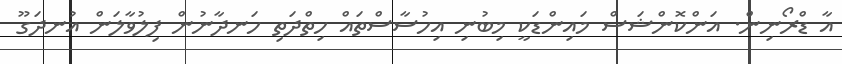
އާ ޑްރޯނިން. އަންކޮންޝަސް މައިންޑަކީ މިބުނި އިހުސާސްތައް ހިތްދަތި ހަނދާނުން ފިލުވާލަން އުނދަގޫ